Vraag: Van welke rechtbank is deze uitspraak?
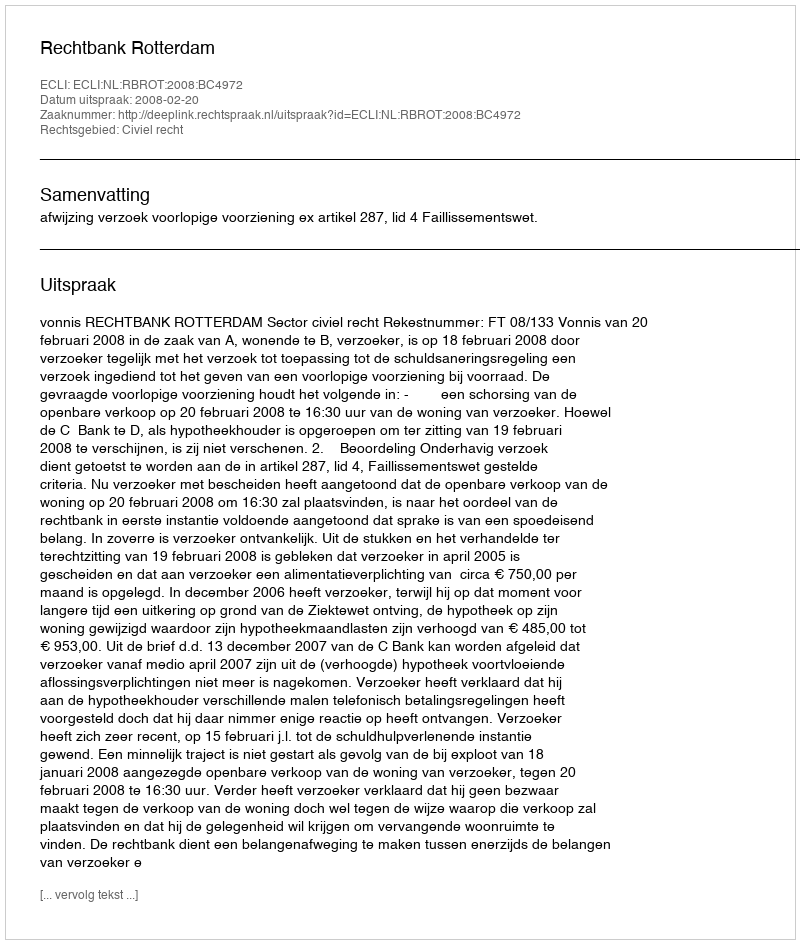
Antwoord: Rechtbank Rotterdam